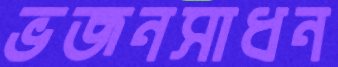
ভজনসাধন